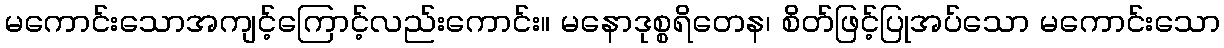
မကောင်းသောအကျင့်ကြောင့်လည်းကောင်း။ မနောဒုစ္စရိတေန၊ စိတ်ဖြင့်ပြုအပ်သော မကောင်းသော